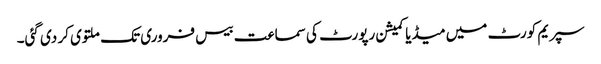
سپریم کورٹ میں میڈیا کمیشن رپورٹ کی سماعت بیس فروری تک ملتوی کر دی گئی۔